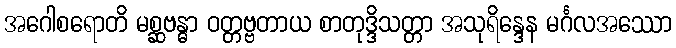
အဂေါစရောတိ မစ္ဆဗန္ဓာ ဝတ္တဗ္ဗတာယ စာတုဒ္ဒိသတ္တာ အသုရိန္ဒေန မင်္ဂလအဿော